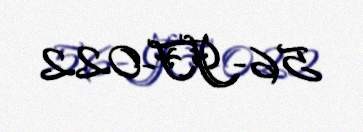
56-JF-022